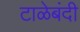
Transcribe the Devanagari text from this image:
टाळेबंदी